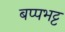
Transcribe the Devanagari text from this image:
बप्पभट्ट